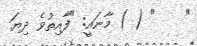
"    " ( ) މާނައީ: "ފާއިތުވެ ދިޔަ